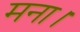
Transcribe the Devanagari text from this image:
मना।